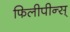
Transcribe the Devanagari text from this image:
फिलीपीन्स्